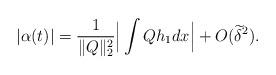
LaTeX: \begin{align*}|\alpha(t)|= \frac{1}{\| Q \|_2^2} \Big| \int Q h_1 dx \Big| + O(\widetilde{\delta}^2).\end{align*}